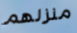
منزلهم